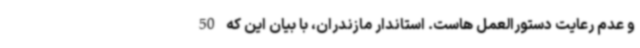
و عدم رعایت دستورالعمل هاست. استاندار مازندران، با بیان این که 50